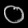
Digit: ၀